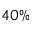
4 0 \%